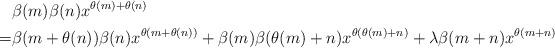
LaTeX: \begin{align*}&\beta(m)\beta(n)x^{\theta(m)+\theta(n)}\cr=&\beta(m+\theta(n))\beta(n)x^{\theta(m+\theta(n))}+\beta(m)\beta(\theta(m)+n)x^{\theta(\theta(m)+n)}+\lambda\beta(m+n)x^{\theta(m+n)}\end{align*}